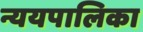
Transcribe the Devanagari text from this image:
न्ययपालिका